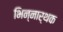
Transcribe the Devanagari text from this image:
भिन्नार्थक